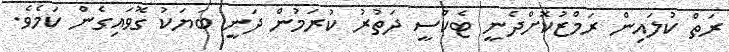
ރަތް ކުލައިން ރަމްޒުކޮށްދެނީ ޓެކްސީ ދަތުރު ކުރަމުން ދަނީ ބަޔަކު ގޮވައިގެން ކަމެވެ.